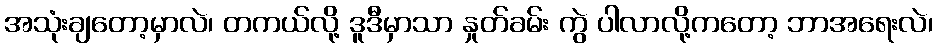
အသုံးချတော့မှာလဲ၊ တကယ်လို့ ဒူဒီမှာသာ နှုတ်ခမ်း ကွဲ ပါလာလို့ကတော့ ဘာအရေးလဲ၊